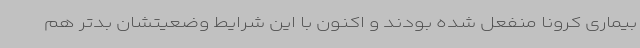
بیماری کرونا منفعل شده بودند و اکنون با این شرایط وضعیتشان بدتر هم